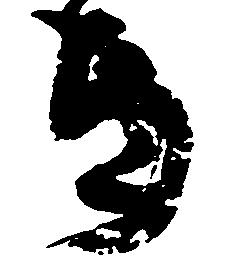
ち